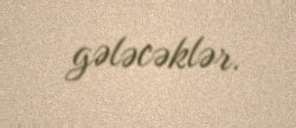
gələcəklər.